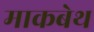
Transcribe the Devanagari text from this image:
माकबेथ